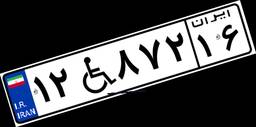
۰۵W۰۰۹۸۴